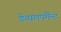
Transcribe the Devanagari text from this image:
डेव्पलपमेंन्ट